Civil Veterinary Dept. Assam report 1927-50 - 1927-1950
Year: 1927
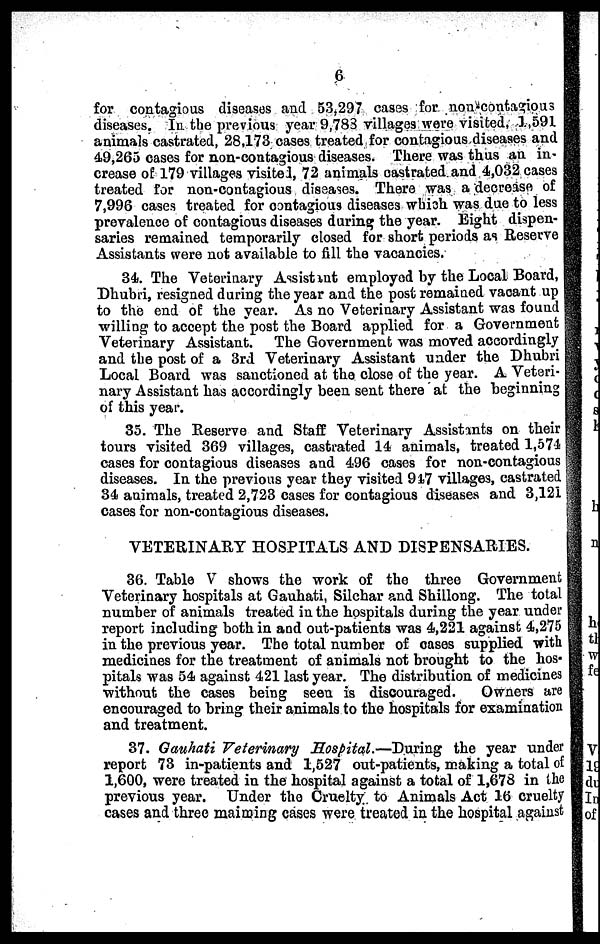
6
for contagious diseases and 53,297 cases for non-contagious
diseases. In the previous year 9,783 villages were visited, 1,591
animals castrated, 28,173 cases treated for contagious diseases and
4.9,263 cases for non-contagious diseases. There was thus an in-
crease of 179 villages visited, 72 animals castrated and 4,032 cases
treated for non-contagious diseases. There was a decrease of
7,996 cases treated for contagious diseases which was due to less
prevalence of contagious diseases during the year. Eight dispen-
saries remained temporarily closed for short periods as Reserve
Assistants were not available to fill the vacancies.
34. The Veterinary Assistant employed by the Local Board,
Dhubri, resigned during the year and the post remained vacant up
to the end of the year. As no Veterinary Assistant was found
willing to accept the post the Board applied for a Government
Veterinary Assistant. The Government was moved accordingly
and the post of a 3rd Veterinary Assistant under the Dhubri
Local Board was sanctioned at the close of the year. A Veteri---------
nary Assistant has accordingly been sent there at the beginning
of this year.
35. The Reserve and Staff Veterinary Assistants on their
tours visited 369 villages, castrated 14 animals, treated 1,574
cases for contagious diseases and 496 cases for non-contagious
diseases. In the previous year they visited 917 villages, castrated
34 animals, treated 2,723 cases for contagious diseases and 3,121
cases for non-contagious diseases.
VETERINARY HOSPITALS AND DISPENSARIES.
36. Table V shows the work of the three Government
Veterinary hospitals at Gauhati, Silchar and Shillong. The total
number of animals treated in the hospitals during the year under
report including both in and out-patients was 4,221 against 4,275
in the previous year. The total number of cases supplied with
medicines for the treatment of animals not brought to the hos-
pitals was 54 against 421 last year. The distribution of medicines
without the cases being seen is discouraged.
Owners are
encouraged to bring their animals to the hospitals for examination
and treatment.
37. Gauhati Veterinary Hospital.—During the year under
report 73 in-patients and 1,527 out-patients, making a total of
1,600, were treated in the hospital against a total of 1,678 in the
previous year. Under the Cruelty, to Animals Act 16 cruelty
cases and three maiming cases were treated in the hospital against